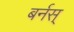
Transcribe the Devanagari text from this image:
बर्नस्